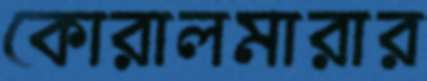
কোরালমারার